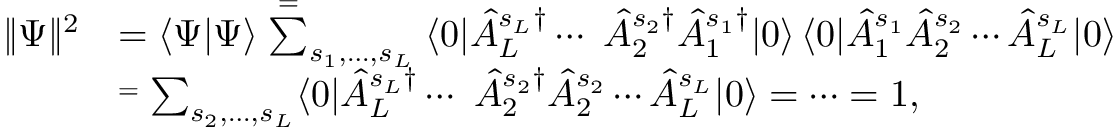
\begin{array} { r l } { \| \Psi \| ^ { 2 } } & { \textstyle = \langle \Psi | \Psi \rangle \stackrel { = } \sum _ { s _ { 1 } , \dotsc , s _ { L } } \langle 0 | \hat { A } _ { L } ^ { s _ { L } \dag } \dotsb \ \hat { A } _ { 2 } ^ { s _ { 2 } \dag } \hat { A } _ { 1 } ^ { s _ { 1 } \dag } | 0 \rangle \, \langle 0 | \hat { A } _ { 1 } ^ { s _ { 1 } } \hat { A } _ { 2 } ^ { s _ { 2 } } \dotsb \hat { A } _ { L } ^ { s _ { L } } | 0 \rangle } \\ & { \stackrel { = } \textstyle \sum _ { s _ { 2 } , \dotsc , s _ { L } } \langle 0 | \hat { A } _ { L } ^ { s _ { L } \dag } \dotsb \ \hat { A } _ { 2 } ^ { s _ { 2 } \dag } \hat { A } _ { 2 } ^ { s _ { 2 } } \dotsb \hat { A } _ { L } ^ { s _ { L } } | 0 \rangle = \dots = 1 , } \end{array}